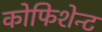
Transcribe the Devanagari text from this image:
कोफिशेन्ट